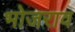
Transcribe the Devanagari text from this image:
भोजराव